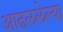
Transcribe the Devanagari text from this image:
आढललेल्या